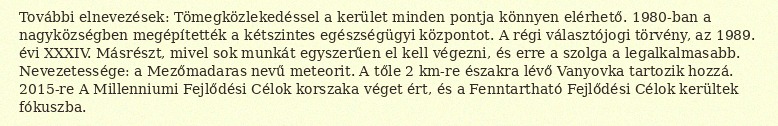
További elnevezések: Tömegközlekedéssel a kerület minden pontja könnyen elérhető. 1980-ban a nagyközségben megépítették a kétszintes egészségügyi központot. A régi választójogi törvény, az 1989. évi XXXIV. Másrészt, mivel sok munkát egyszerűen el kell végezni, és erre a szolga a legalkalmasabb. Nevezetessége: a Mezőmadaras nevű meteorit. A tőle 2 km-re északra lévő Vanyovka tartozik hozzá. 2015-re A Millenniumi Fejlődési Célok korszaka véget ért, és a Fenntartható Fejlődési Célok kerültek fókuszba.